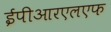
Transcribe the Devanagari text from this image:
ईपीआरएलएफ